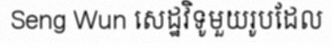
Seng Wun សេដ្ឋវិទូមួយរូបដែល